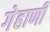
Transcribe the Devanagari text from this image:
गेहाणी